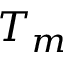
T _ { m }